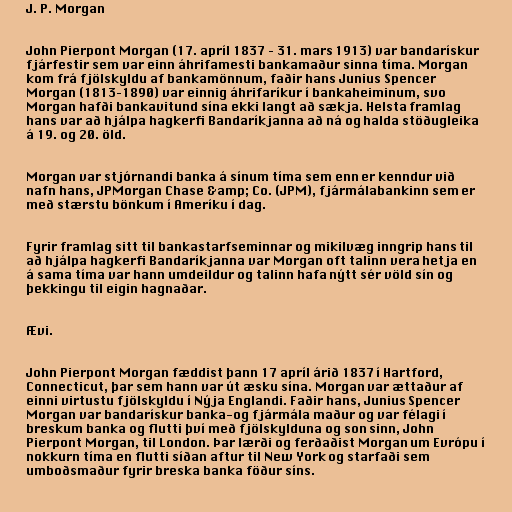
J. P. Morgan

John Pierpont Morgan (17. apríl 1837 – 31. mars 1913) var bandarískur
fjárfestir sem var einn áhrifamesti bankamaður sinna tíma. Morgan
kom frá fjölskyldu af bankamönnum, faðir hans Junius Spencer
Morgan (1813–1890) var einnig áhrifaríkur í bankaheiminum, svo
Morgan hafði bankavitund sína ekki langt að sækja. Helsta framlag
hans var að hjálpa hagkerfi Bandaríkjanna að ná og halda stöðugleika
á 19. og 20. öld.

Morgan var stjórnandi banka á sínum tíma sem enn er kenndur við
nafn hans, JPMorgan Chase &amp; Co. (JPM), fjármálabankinn sem er
með stærstu bönkum í Ameríku í dag.

Fyrir framlag sitt til bankastarfseminnar og mikilvæg inngrip hans til
að hjálpa hagkerfi Bandaríkjanna var Morgan oft talinn vera hetja en
á sama tíma var hann umdeildur og talinn hafa nýtt sér völd sín og
þekkingu til eigin hagnaðar.

Ævi.

John Pierpont Morgan fæddist þann 17 apríl árið 1837 í Hartford,
Connecticut, þar sem hann var út æsku sína. Morgan var ættaður af
einni virtustu fjölskyldu í Nýja Englandi. Faðir hans, Junius Spencer
Morgan var bandarískur banka-og fjármála maður og var félagi í
breskum banka og flutti því með fjölskylduna og son sinn, John
Pierpont Morgan, til London. Þar lærði og ferðaðist Morgan um Evrópu í
nokkurn tíma en flutti síðan aftur til New York og starfaði sem
umboðsmaður fyrir breska banka föður síns.